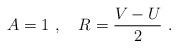
LaTeX: \begin{align*}A = 1\ ,\quad R = \frac{V-U}{2}\ .\end{align*}